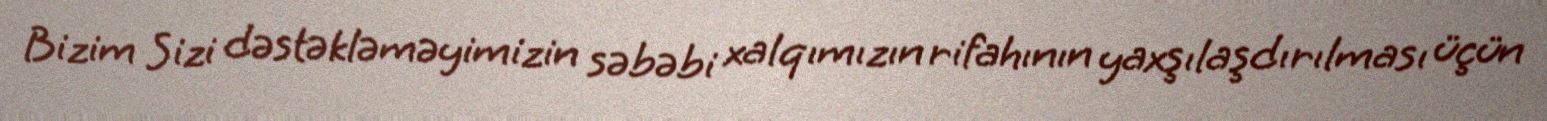
Bizim Sizi dəstəkləməyimizin səbəbi xalqımızın rifahının yaxşılaşdırılması üçün